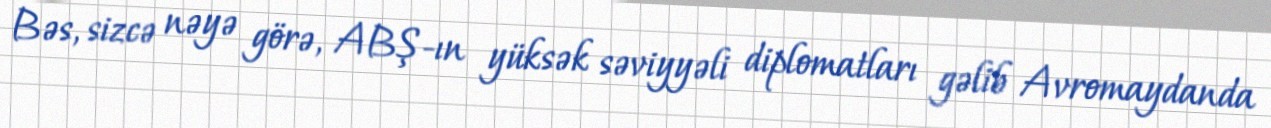
Bəs, sizcə nəyə görə, ABŞ-ın yüksək səviyyəli diplomatları gəlib Avromaydanda